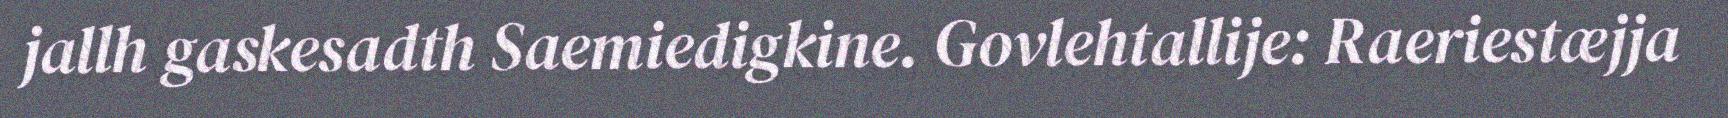
jallh gaskesadth Saemiedigkine. Govlehtallije: Raeriestæjja